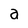
Character: a